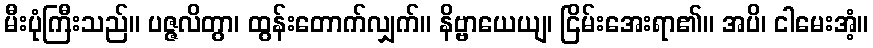
မီးပုံကြီးသည်။ ပဇ္ဇလိတွာ၊ ထွန်းတောက်လျှက်။ နိဗ္ဗာယေယျ၊ ငြိမ်းအေးရာ၏။ အပိ၊ ငါမေးအံ့။